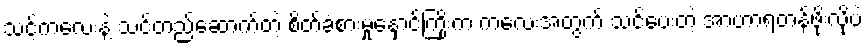
သင့်ကလေးနဲ့ သင်တည်ဆောက်တဲ့ စိတ်ခံစားမှုနှောင်ကြိုးက ကလေးအတွက် သင်ပေးတဲ့ အာဟာရတန်ဖိုးလိုပဲ